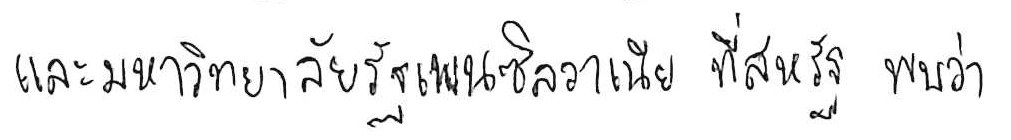
และมหาวิทยาลัยรัฐเพนซิลวาเนีย ที่สหรัฐ พบว่า